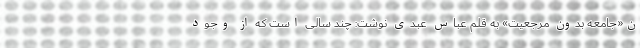
ن«جامعه بدون مرجعیت» به قلم عباس عبدی نوشت: چند سالی است که از وجود